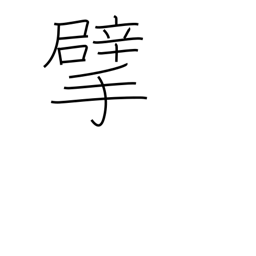
Meaning: tear up